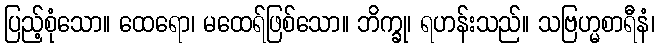
ပြည့်စုံသော။ ထေရော၊ မထေရ်ဖြစ်သော။ ဘိက္ခု၊ ရဟန်းသည်။ သဗြဟ္မစာရီနံ၊